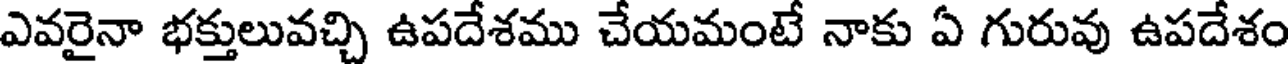
ఎవరైనా భక్తులువచ్చి ఉపదేశము చేయమంటే నాకు ఏ గురువు ఉపదేశం